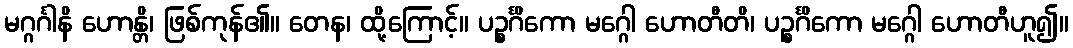
မဂ္ဂင်္ဂါနိ ဟောန္တိ၊ ဖြစ်ကုန်၏။ တေန၊ ထို့ကြောင့်။ ပဉ္စင်္ဂိကော မဂ္ဂေါ ဟောတီတိ၊ ပဉ္စင်္ဂိကော မဂ္ဂေါ ဟောတီဟူ၍။